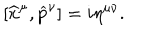
[ \widehat { x } ^ { \mu } , \widehat { p } ^ { \nu } ] = i \eta ^ { \mu \nu } .